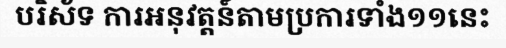
បរិស័ទ ការអនុវត្តន៍តាមប្រការទាំង១១នេះ